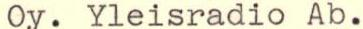
Oy. Yleisradio Ab.